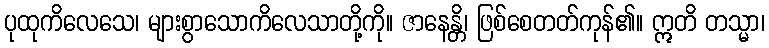
ပုထုကိလေသေ၊ များစွာသောကိလေသာတို့ကို။ ဇာနေန္တိ၊ ဖြစ်စေတတ်ကုန်၏။ ဣတိ တသ္မာ၊